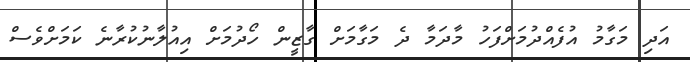
އަދި މަގާމު އުފެއްދުމަށްފަހު މާދަމާ ދެ މަގާމަށް ގާޒީން ހޯދުމަށް އިއުލާނުކުރާނެ ކަމަށްވެސް